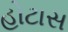
હોટાસ